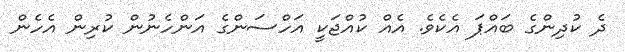
ދެ ކުދިންގެ ބައްޕަ އެކެވެ. އެއް ކުއްޖަކީ އަހްސަންގެ އަންހެނުން ކުރިން އެހެން